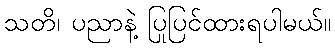
သတိ၊ ပညာနဲ့ ပြုပြင်ထားရပါမယ်။